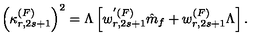
\left( \kappa _ { r , 2 s + 1 } ^ { ( F ) } \right) ^ { 2 } = \Lambda \left[ w _ { r , 2 s + 1 } ^ { ' ( F ) } \hat { m } _ { f } + w _ { r , 2 s + 1 } ^ { ( F ) } \Lambda \right] .